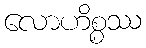
လောဟိစ္စဿ